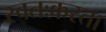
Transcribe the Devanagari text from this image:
स्वतःकरता